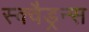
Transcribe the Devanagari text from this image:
स्क्वैड्रन्स